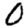
Digit: 0